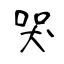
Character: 哭